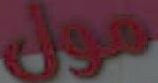
مول